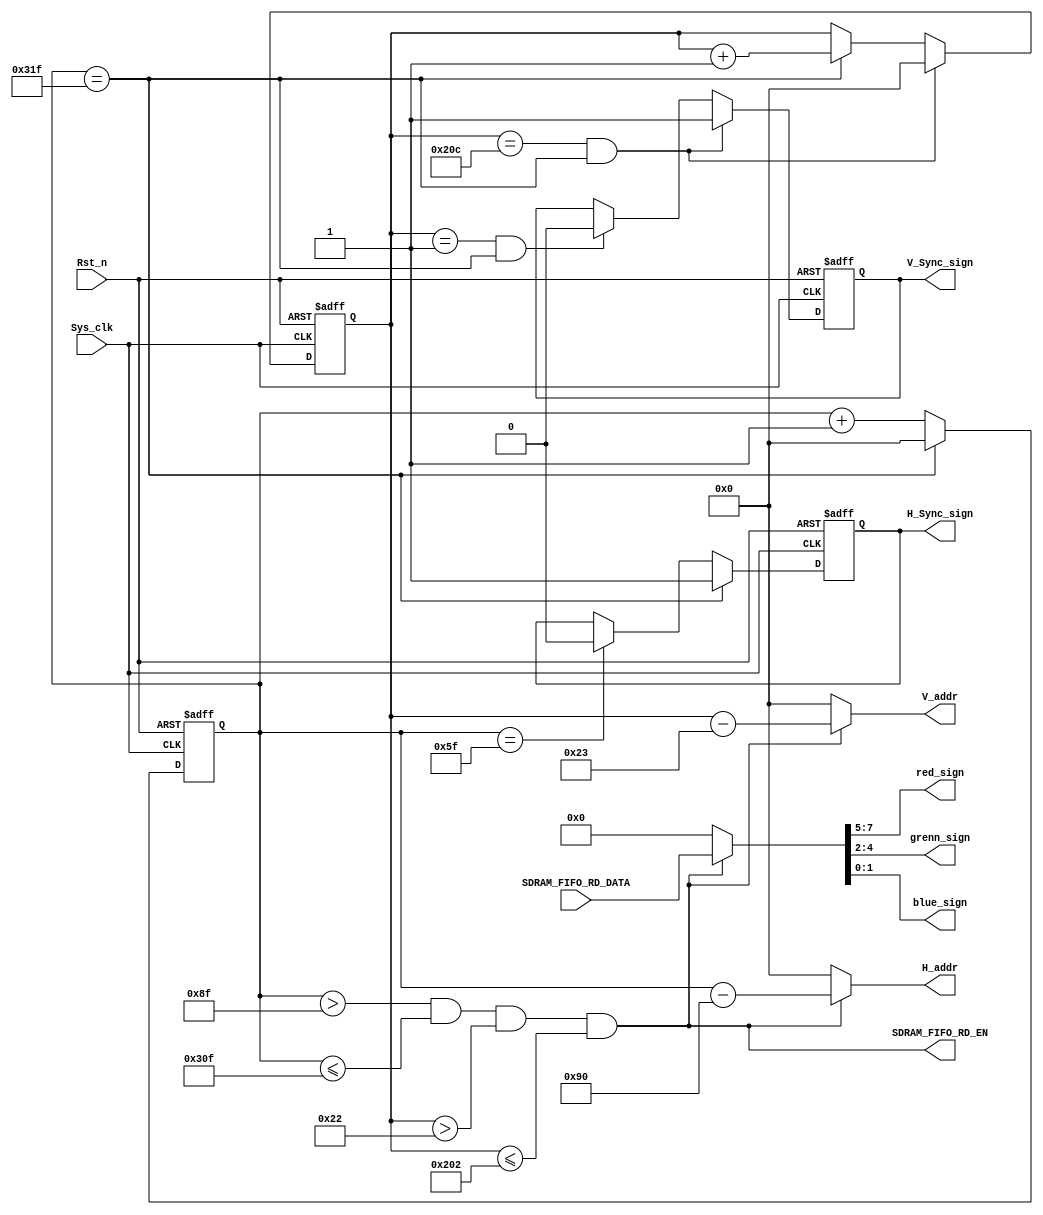
module vga_ctrl #(
    parameter   H_Sync       = 96,
    parameter   H_backporch  = 40 ,
    parameter   H_left       = 8  ,
    parameter   H_data       = 640,
    parameter   H_right      = 8  ,
    parameter   H_Frontporch = 8  ,
    parameter   H_total      = H_Sync + H_backporch + H_left + H_data + H_right + H_Frontporch,
    parameter   H_width      = $clog2(H_total),
    parameter   V_Sync       = 2,
    parameter   V_backporch  = 25 ,
    parameter   V_left       = 8  ,
    parameter   V_data       = 480,
    parameter   V_right      = 8  ,
    parameter   V_Frontporch = 2  ,
    parameter   V_total      = V_Sync + V_backporch + V_left + V_data + V_right + V_Frontporch,
    parameter   V_width      = $clog2(V_total),
    parameter   RGB_width    = 8,
    //color
    parameter RED   = 8'b111_000_00,
    parameter GRENN = 8'b000_111_00,
    parameter BLUE  = 8'b000_000_11
)(
    input   wire                        Sys_clk      ,
    input   wire                        Rst_n        ,
    // input   wire    [RGB_width-1:0]     RGB_IN       , 
    output  wire    [2:0]               red_sign     ,
    output  wire    [2:0]               grenn_sign   ,
    output  wire    [1:0]               blue_sign    ,
    output  reg                         H_Sync_sign  ,
    output  reg                         V_Sync_sign  ,
    output  wire    [H_width-1:0]       H_addr       ,
    output  wire    [V_width-1:0]       V_addr       ,
    //SDARM_RD
    output  wire                        SDRAM_FIFO_RD_EN,
    input   wire    [RGB_width-1:0]     SDRAM_FIFO_RD_DATA
);
    localparam white = 8'b111_111_11;
    localparam black = 8'b000_000_00;
            wire    [7:0]           rgb   ;
            reg     [H_width-1:0]   H_cnt ;
            reg                     H_full;
            reg     [V_width-1:0]   V_cnt ;
            reg                     V_full;
            wire                    Pixl_avai;
        //background
            reg     [7:0]           backgroud_color;
//Sync
    always@(posedge Sys_clk or negedge Rst_n) begin
        if(Rst_n == 0) begin
            H_Sync_sign <= 1'b1;
        end else if(H_cnt == H_total - 1'b1) begin
            H_Sync_sign <= 1'b1;
        end else if(H_cnt == H_Sync -1'b1) begin
            H_Sync_sign <= 1'b0;
        end
    end
    always@(posedge Sys_clk or negedge Rst_n) begin
        if(Rst_n == 0) begin
            V_Sync_sign <= 1'b1;
        end else if((V_cnt == V_total - 1'b1) && (H_cnt == H_total - 1'b1)) begin
            V_Sync_sign <= 1'b1;
        end else if((V_cnt == V_Sync  - 1'b1) && (H_cnt == H_total - 1'b1)) begin
            V_Sync_sign <= 1'b0;
        end
    end
//backgroud_color
    always@(posedge Sys_clk or negedge Rst_n) begin
        if(Rst_n == 0) begin
            backgroud_color <= white;
        end else if(V_addr >= 0 && V_addr <= 159) begin
            backgroud_color <= RED;
        end else if(V_addr >= 160 && V_addr <= 319) begin
            backgroud_color <= GRENN;
        end else if(V_addr >= 320 && V_addr <= 479) begin
            backgroud_color <= BLUE;
        end else begin
            backgroud_color <= white;
        end
    end
//addr
    assign H_addr    =  (Pixl_avai)?(H_cnt - (H_Sync + H_backporch +  H_left)):10'd0;
    assign V_addr    =  (Pixl_avai)?(V_cnt - (V_Sync + V_backporch +  V_left)):10'd0;
//pixl_able
    assign Pixl_avai = (H_cnt >  (H_Sync + H_backporch  + H_left  -1'b1 ))
                    && (H_cnt <= (H_total- H_Frontporch - H_right -1'b1 )) 
                    && (V_cnt >  (V_Sync + V_backporch +  V_left  -1'b1 ))
                    && (V_cnt <= (V_total- V_Frontporch - V_right -1'b1 ));
//SDRAM_FIFO_RD_EN
    assign SDRAM_FIFO_RD_EN = Pixl_avai;
//RGB
    assign {red_sign,grenn_sign,blue_sign} = (Pixl_avai) ? rgb : 8'd0;
    assign rgb = (Pixl_avai)?(SDRAM_FIFO_RD_DATA):(backgroud_color);
//CNT_H_V
    always@(posedge Sys_clk or negedge Rst_n) begin
        if(Rst_n == 0) begin
            H_cnt <= 0;
        end else if(H_cnt == H_total - 1'b1) begin
            H_cnt <= 0;
        end else begin
            H_cnt <= H_cnt + 1'b1;
        end
    end
    always@(posedge Sys_clk or negedge Rst_n) begin
        if(Rst_n == 0) begin
            H_full <= 1'b0;
        end else if(H_cnt == H_total - 1'b1) begin
            H_full <= 1'b1;
        end else begin
            H_full <= 1'b0;
        end
    end
    always@(posedge Sys_clk or negedge Rst_n) begin
        if(Rst_n == 0) begin
            V_cnt <= 0;
        end else if((V_cnt == V_total - 1'b1) && (H_cnt == H_total - 1'b1)) begin
            V_cnt <= 0;
        end else if(H_cnt == H_total - 1'b1) begin
            V_cnt <= V_cnt + 1'b1;
        end else begin
            V_cnt <= V_cnt;
        end
    end
    always@(posedge Sys_clk or negedge Rst_n) begin
        if(Rst_n == 0) begin
            V_full <= 1'b0;
        end else if((V_cnt == V_total - 1'b1) && (H_cnt == H_total - 1'b1)) begin
            V_full <= 1'b1;
        end else begin
            V_full <= 1'b0;
        end
    end
endmodule